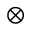
\otimes